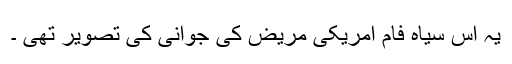
یہ اس سیاہ فام امریکی مریض کی جوانی کی تصویر تھی ۔